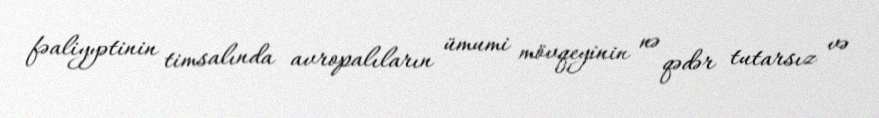
fəaliyyətinin timsalında avropalıların ümumi mövqeyinin nə qədər tutarsız və